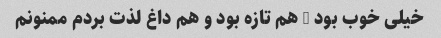
خیلی خوب بود … هم تازه بود و هم داغ لذت بردم ممنونم